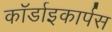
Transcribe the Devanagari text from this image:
कॉर्डाइकार्पस